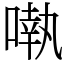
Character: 𠽃